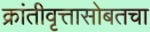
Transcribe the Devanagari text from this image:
क्रांतीवृत्तासोबतचा